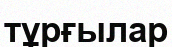
тұрғылар